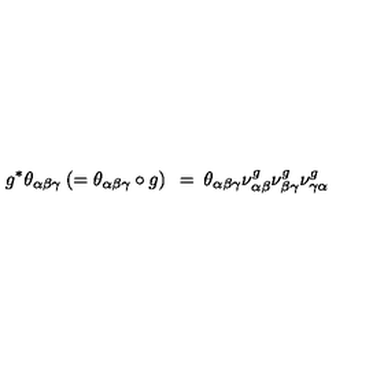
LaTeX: g ^ { * } \theta _ { \alpha \beta \gamma } \: ( = \theta _ { \alpha \beta \gamma } \circ g ) \: \: = \: \theta _ { \alpha \beta \gamma } \nu _ { \alpha \beta } ^ { g } \nu _ { \beta \gamma } ^ { g } \nu _ { \gamma \alpha } ^ { g }